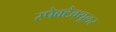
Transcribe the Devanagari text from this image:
स्पेक्टैक्यूलर